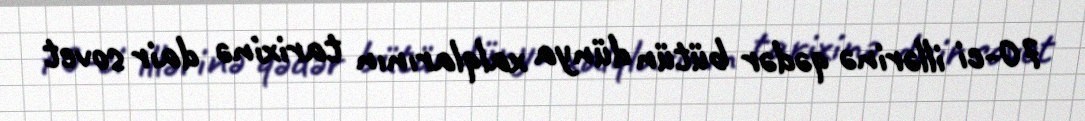
70-ci illərinə qədər bütün dünya xalqlarının tarixinə dair sovet